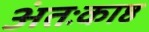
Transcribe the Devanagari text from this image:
अंतःकाष्ठ